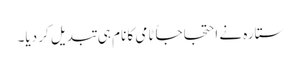
ستارہ نے احتجاجاً ٹامی کا نام ہی تبدیل کر دیا۔